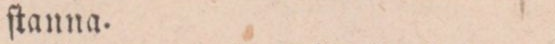
ſtanna.